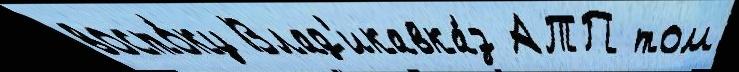
восто́ку Влад'икавка́з АТП том